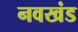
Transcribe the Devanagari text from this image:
नवखंड